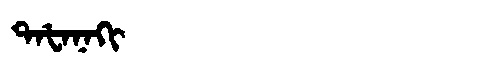
Manchu: ᡨᠠᡶᠠᠨᠠᡴᡳ
Romanization: TAFANAKI